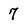
Character: 7